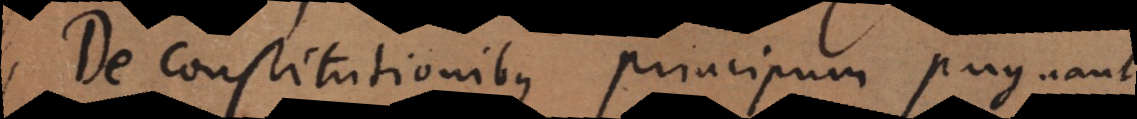
De constitutionibus principum pugnant